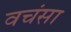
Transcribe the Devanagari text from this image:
वचंसा